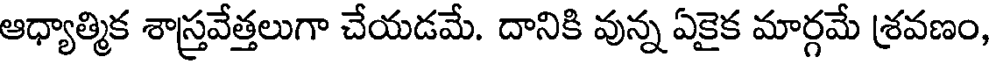
ఆధ్యాత్మిక శాస్త్రవేత్తలుగా చేయడమే. దానికి వున్న ఏకైక మార్గమే శ్రవణం,